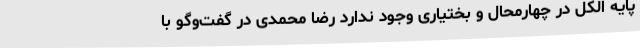
پایه الکل در چهارمحال و بختیاری وجود ندارد رضا محمدی در گفت‌وگو با